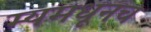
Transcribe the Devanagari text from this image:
म्यमधूनच